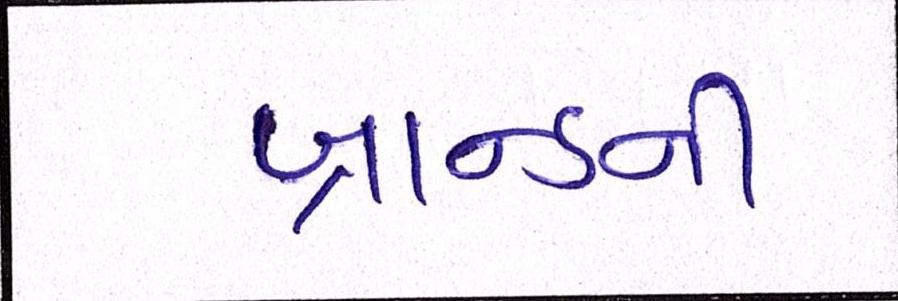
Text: બ્રાન્ડની